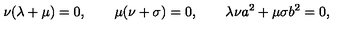
\nu ( \lambda + \mu ) = 0 , \qquad \mu ( \nu + \sigma ) = 0 , \qquad \lambda \nu a ^ { 2 } + \mu \sigma b ^ { 2 } = 0 ,